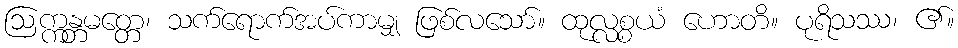
ဩက္ကန္တမတ္တေ၊ သက်ရောက်အပ်ကာမျှ ဖြစ်လသော်။ ထုလ္လစ္စယံ ဟောတိ။ ပုရိသဿ၊ ၏။